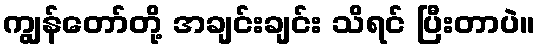
ကျွန်တော်တို့ အချင်းချင်း သိရင် ပြီးတာပဲ။